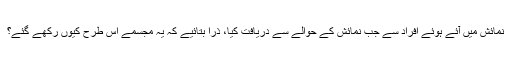
نمائش میں آئے ہوئے افراد سے جب نمائش کے حوالے سے دریافت کیا، ذرا بتائیے کہ یہ مجسمے اس طرح کیوں رکھے گئے؟